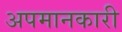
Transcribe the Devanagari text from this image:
अपमानकारी